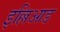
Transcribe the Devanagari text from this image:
इल्लिआड